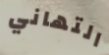
التهاني